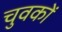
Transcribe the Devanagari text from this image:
चुवकों